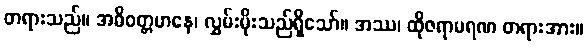
တရားသည်။ အဓိဝတ္တမာနေ၊ လွှမ်းမိုးသည်ရှိသော်။ အဿ၊ ထိုဇရာမရဏ တရားအား။